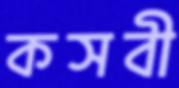
কসবী